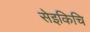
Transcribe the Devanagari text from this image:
सेइकिचि